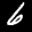
Label: 6